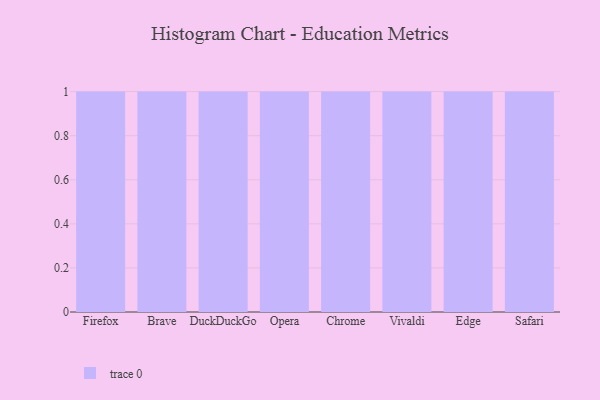
{"axis": {"x": "Browser", "y": "Humidity (%)"}, "legend": [""], "data": [{"x": "Firefox", "y": 94, "type": ""}, {"x": "Brave", "y": 63, "type": ""}, {"x": "DuckDuckGo", "y": 15, "type": ""}, {"x": "Opera", "y": 33, "type": ""}, {"x": "Chrome", "y": 65, "type": ""}, {"x": "Vivaldi", "y": 16, "type": ""}, {"x": "Edge", "y": 75, "type": ""}, {"x": "Safari", "y": 41, "type": ""}]}